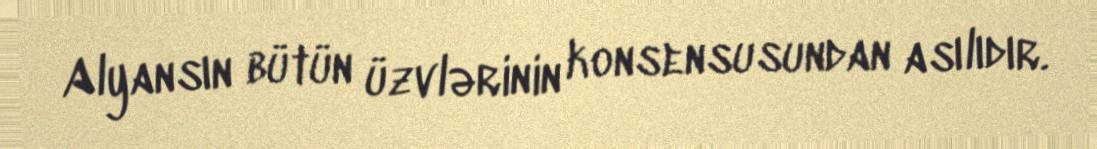
Alyansın bütün üzvlərinin konsensusundan asılıdır.